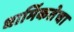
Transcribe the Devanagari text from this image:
धार्मिकतेचा